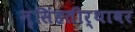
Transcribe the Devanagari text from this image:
नृसिंहतीर्थावर